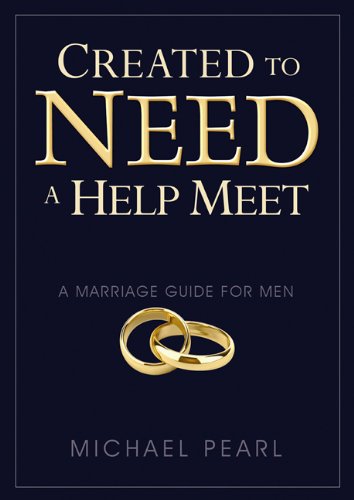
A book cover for Created to Need a Help Meet: A Marriage Guide For Men; Michael Pearl; Christian Books & Bibles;